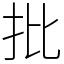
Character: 批